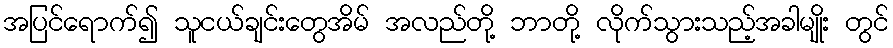
အပြင်ရောက်၍ သူငယ်ချင်းတွေအိမ် အလည်တို့ ဘာတို့ လိုက်သွားသည့်အခါမျိုး တွင်